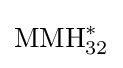
\mathrm {MMH} _{32}^{*}